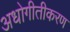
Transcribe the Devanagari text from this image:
अधोगीतीकरण